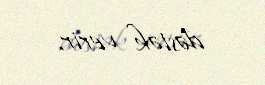
dəstək verir.